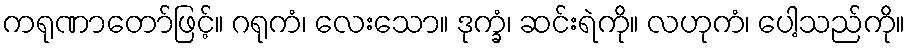
ကရုဏာတော်ဖြင့်။ ဂရုကံ၊ လေးသော။ ဒုက္ခံ၊ ဆင်းရဲကို။ လဟုကံ၊ ပေါ့သည်ကို။